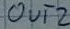
Text: OUT2